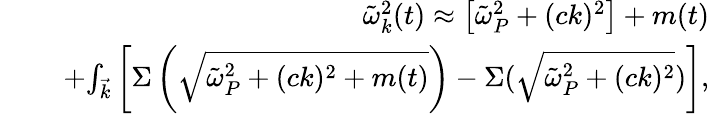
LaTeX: \begin{array}{rlr}&{}&{\tilde{\omega}_{k}^{2}(t)\approx\left[\tilde{\omega}_{P}^{2}+(ck)^{2}\right]+m(t)}\\ &{~}&{+{\int_{\vec{k}}}\left[\Sigma\left(\sqrt{\tilde{\omega}_{P}^{2}+(ck)^{2}+m(t)}\right)-\Sigma(\sqrt{\tilde{\omega}_{P}^{2}+(ck)^{2}})\right],}\end{array}